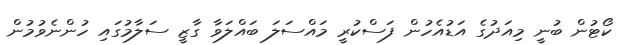
ކޯޓުން ބުނީ މިއަދުގެ އަޑުއެހުން ފަސްކުރީ މައްސަލަ ބައްލަވާ ގާޒީ ސަލާމުގައި ހުންނެވުމުން